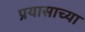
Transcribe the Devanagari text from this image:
प्रयासाच्या